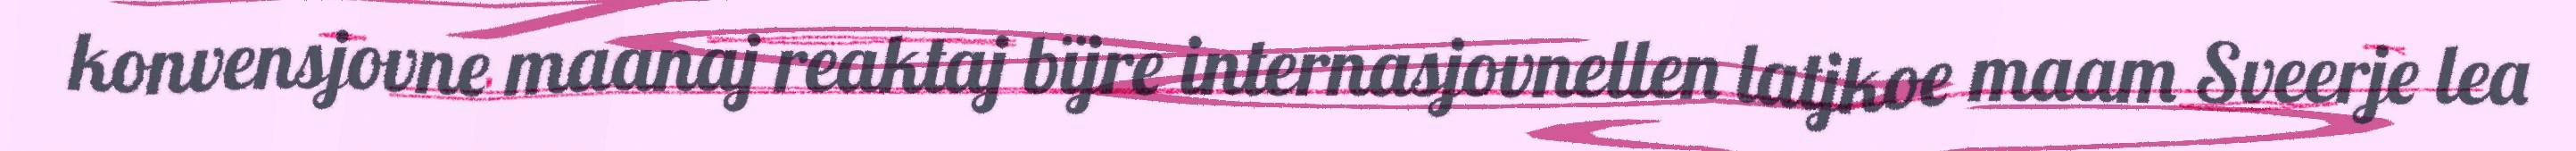
konvensjovne maanaj reaktaj bïjre internasjovnellen latjkoe maam Sveerje lea